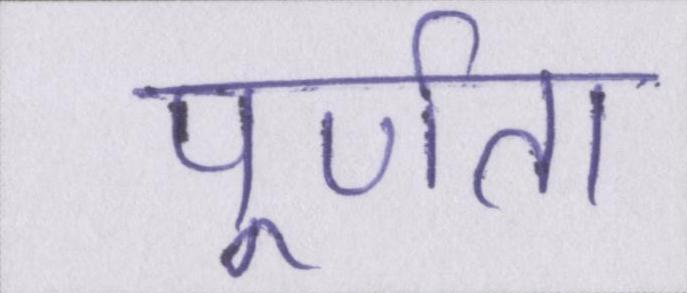
पूर्णता